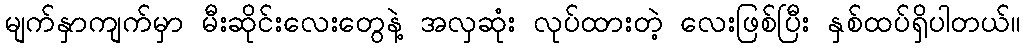
မျက်နှာကျက်မှာ မီးဆိုင်းလေးတွေနဲ့ အလှဆုံး လုပ်ထားတဲ့ လေးဖြစ်ပြီး နှစ်ထပ်ရှိပါတယ်။